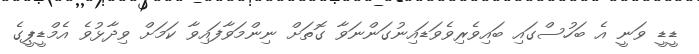
ޑީޑީ ވަނީ އެ ބަހުސްގައި ބައިވެރިވެވަޑައިނުގަންނަވާ ގޮތަށް ނިންމަވާފައިވާ ކަމަށް ވިދާޅުވެ އެމްޑީޕީގެ